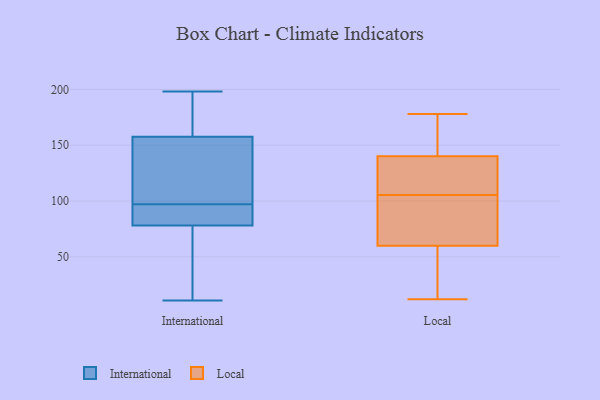
{"axis": {"x": "Market Share (%)", "y": "Value"}, "legend": ["International", "Local"], "data": [{"x": "", "y": 191, "type": "International"}, {"x": "", "y": 97, "type": "International"}, {"x": "", "y": 159, "type": "International"}, {"x": "", "y": 11, "type": "International"}, {"x": "", "y": 130, "type": "International"}, {"x": "", "y": 79, "type": "International"}, {"x": "", "y": 75, "type": "International"}, {"x": "", "y": 35, "type": "International"}, {"x": "", "y": 93, "type": "International"}, {"x": "", "y": 128, "type": "International"}, {"x": "", "y": 157, "type": "International"}, {"x": "", "y": 195, "type": "International"}, {"x": "", "y": 81, "type": "International"}, {"x": "", "y": 198, "type": "International"}, {"x": "", "y": 139, "type": "International"}, {"x": "", "y": 88, "type": "International"}, {"x": "", "y": 46, "type": "International"}, {"x": "", "y": 60, "type": "Local"}, {"x": "", "y": 94, "type": "Local"}, {"x": "", "y": 140, "type": "Local"}, {"x": "", "y": 142, "type": "Local"}, {"x": "", "y": 178, "type": "Local"}, {"x": "", "y": 46, "type": "Local"}, {"x": "", "y": 71, "type": "Local"}, {"x": "", "y": 126, "type": "Local"}, {"x": "", "y": 127, "type": "Local"}, {"x": "", "y": 159, "type": "Local"}, {"x": "", "y": 14, "type": "Local"}, {"x": "", "y": 12, "type": "Local"}, {"x": "", "y": 72, "type": "Local"}, {"x": "", "y": 117, "type": "Local"}]}